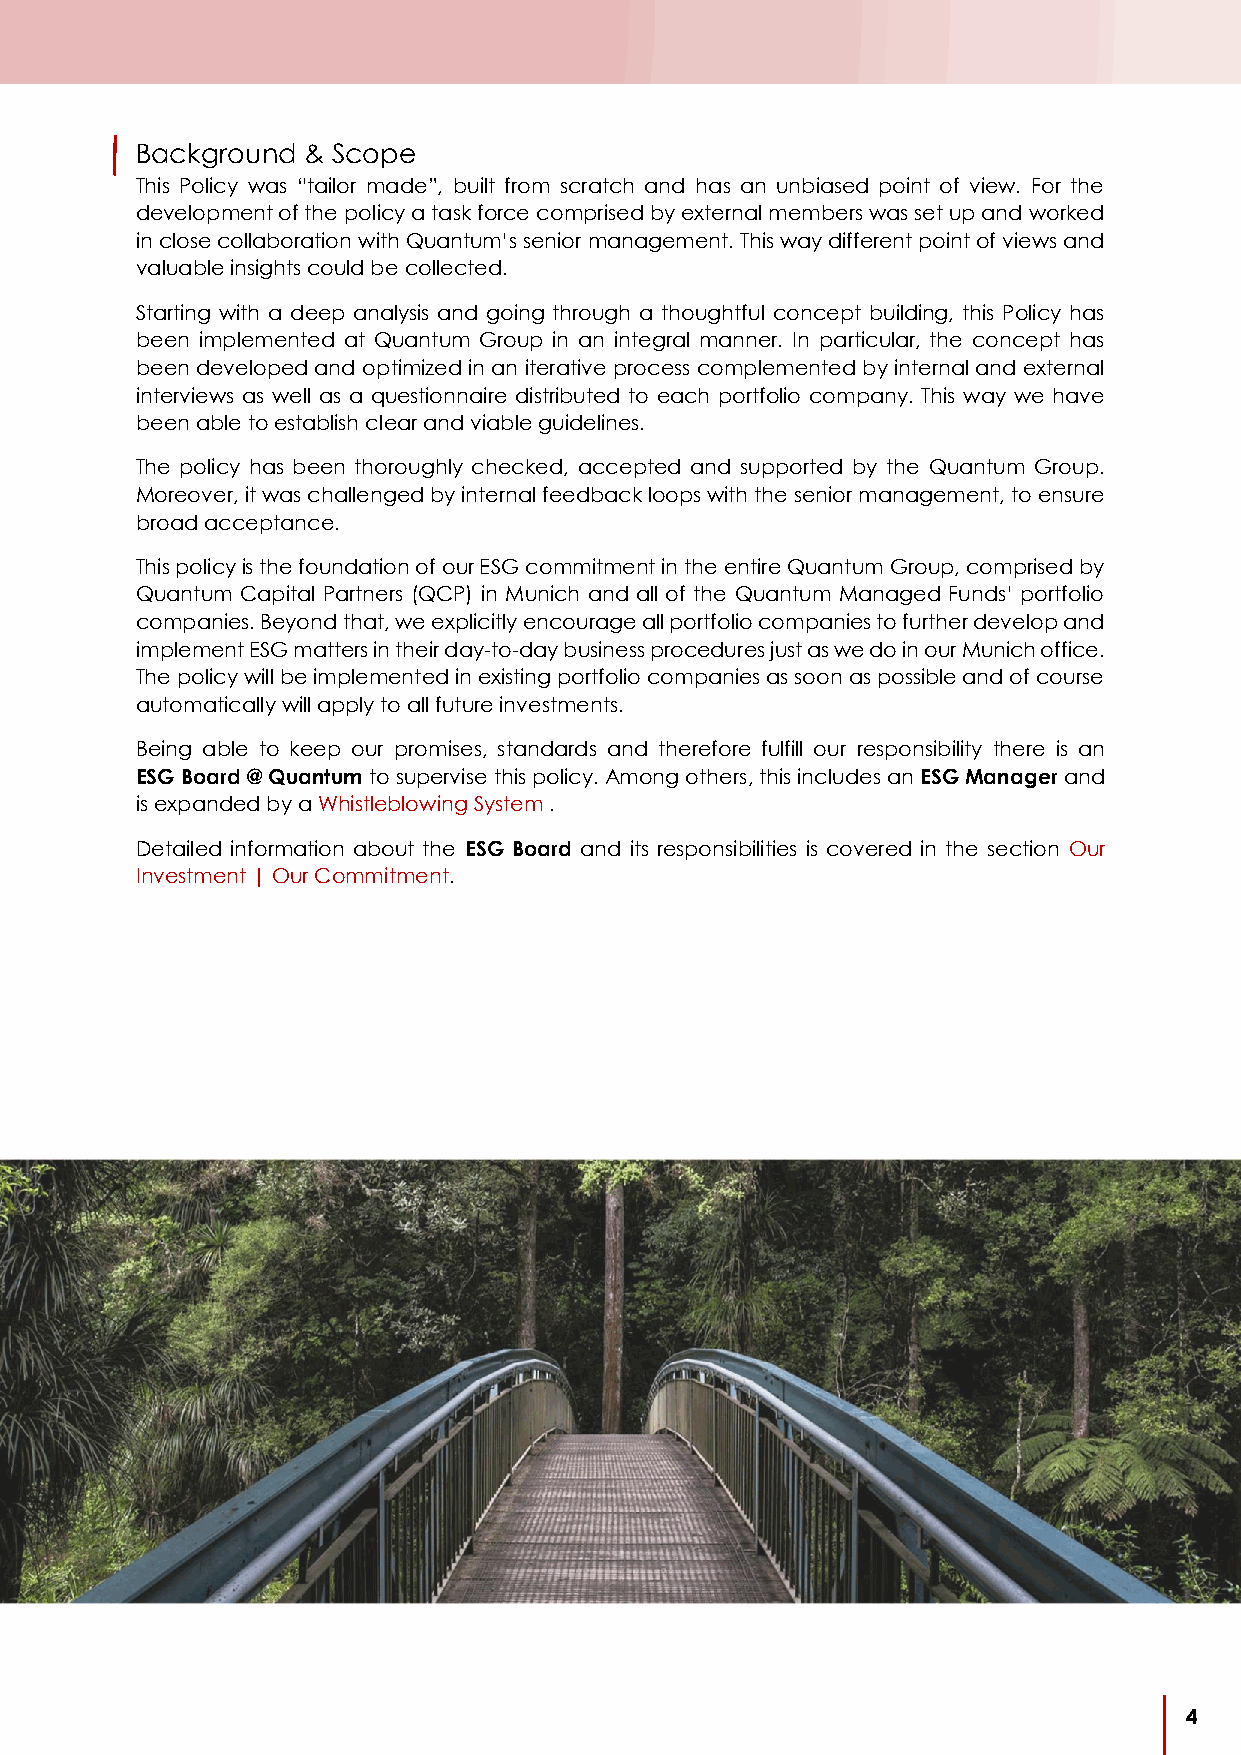
Background & Scope
 This Policy was “tailor made”, built from scratch and has an unbiased point of view. For the
 development of the policy a task force comprised by external members was set up and worked
 in close collaboration with Quantum’s senior management. This way different point of views and
 valuable insights could be collected.
 Starting with a deep analysis and going through a thoughtful concept building, this Policy has
 been implemented at Quantum Group in an integral manner. In particular, the concept has
 been developed and optimized in an iterative process complemented by internal and external
 interviews as well as a questionnaire distributed to each portfolio company. This way we have
 been able to establish clear and viable guidelines.
 The policy has been thoroughly checked, accepted and supported by the Quantum Group.
 Moreover, it was challenged by internal feedback loops with the senior management, to ensure
 broad acceptance.
 This policy is the foundation of our ESG commitment in the entire Quantum Group, comprised by
 Quantum Capital Partners (QCP) in Munich and all of the Quantum Managed Funds’ portfolio
 companies. Beyond that, we explicitly encourage all portfolio companies to further develop and
 implement ESG matters in their day-to-day business procedures just as we do in our Munich office.
 The policy will be implemented in existing portfolio companies as soon as possible and of course
 automatically will apply to all future investments.
 Being able to keep our promises, standards and therefore fulfill our responsibility there is an
 ESG Board @ Quantum to supervise this policy. Among others, this includes an ESG Manager and
 is expanded by a Whistleblowing System .
 Detailed information about the ESG Board and its responsibilities is covered in the section Our
 Investment | Our Commitment.
 4